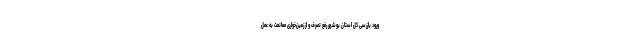
ورود بازرسی کل استان بوشهر رفع تصرف و از زمین‌خواری ممانعت به عمل